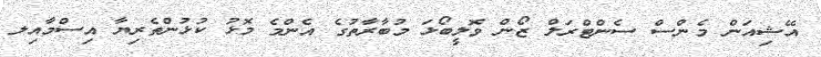
އޭޝިއަން މެންސް ސެންޓްރަލް ޒޯން ވޮލީބޯޅަ މުބާރާތުގެ އެންމެ މޮޅު ކުޅުންތެރިޔާ އިސްމާއިލ